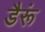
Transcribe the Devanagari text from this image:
डैरूं